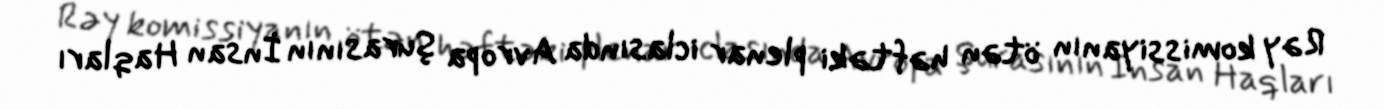
Rəy komissiyanın ötən həftəki plenar iclasında Avropa Şurasının İnsan Haqları